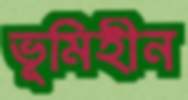
ভূমিহীন